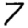
Digit: 7